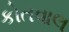
કોતવાલ